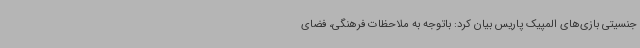
جنسیتی بازی‌های المپیک پاریس بیان کرد: باتوجه به ملاحظات فرهنگی، فضای